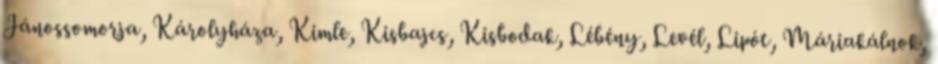
Jánossomorja, Károlyháza, Kimle, Kisbajcs, Kisbodak, Lébény, Levél, Lipót, Máriakálnok,